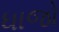
ધાજો